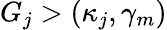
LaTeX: G_{j}>(\kappa_{j},\gamma_{m})